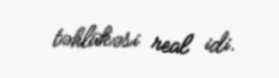
təhlükəsi real idi.